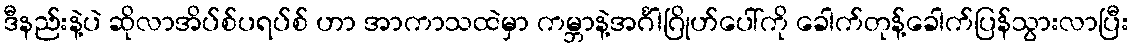
ဒီနည်းနဲ့ပဲ ဆိုလာအိပ်စ်ပရပ်စ် ဟာ အာကာသထဲမှာ ကမ္ဘာနဲ့အင်္ဂါဂြိုဟ်ပေါ်ကို ခေါက်တုန့်ခေါက်ပြန်သွားလာပြီး